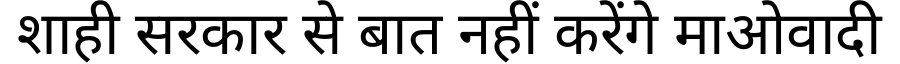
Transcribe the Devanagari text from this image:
शाही सरकार से बात नहीं करेंगे माओवादी